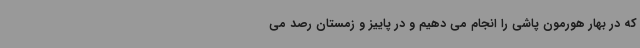
که در بهار هورمون پاشی را انجام می دهیم و در پاییز و زمستان رصد می